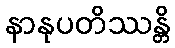
နာနုပတိဿန္တိ